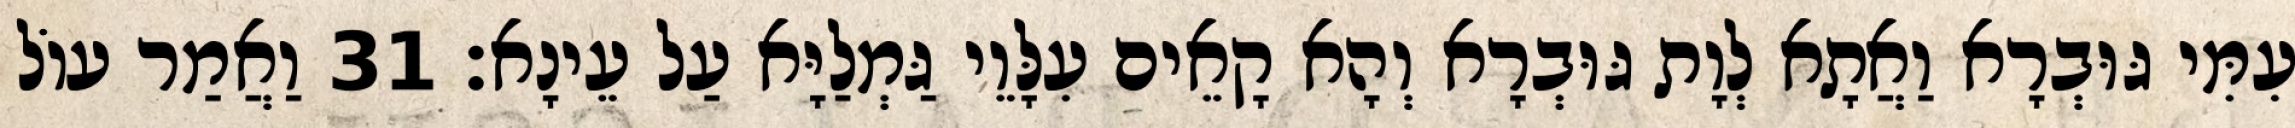
עִמִּי גּוּבְרָא וַאֲתָא לְוָת גּוּבְרָא וְהָא קָאֵים עִלָּוֵי גַּמְלַיָּא עַל עֵינָא׃ 31 וַאֲמַר עוֹל